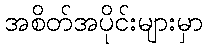
အစိတ်အပိုင်းများမှာ